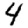
Digit: 4